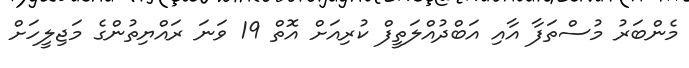
މެންބަރު މުސްތަފާ އާއި އަބްދުއްލަތީފް ކުރިއަށް އޮތް 19 ވަނަ ރައްޔިތުންގެ މަޖިލީހަށް